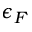
\epsilon _ { F }